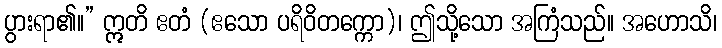
ပွားရာ၏။” ဣတိ ဧတံ (ဧသော ပရိဝိတက္ကော)၊ ဤသို့သော အကြံသည်။ အဟောသိ၊